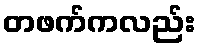
တဖက်ကလည်း